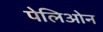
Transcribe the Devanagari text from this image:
पेलिओन